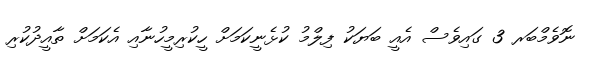
ނޮވެމްބަރ 3 ގައިވެސް އެއީ ބަޔަކު ފިލްމު ކުޅެނީކަމަށް ހީކުރިމީހުނާއި އެކަމަށް ތާއީދުކުރި